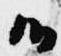
候